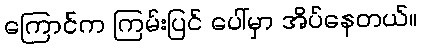
ကြောင်က ကြမ်းပြင် ပေါ်မှာ အိပ်နေတယ်။